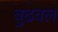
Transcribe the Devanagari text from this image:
बुढवल